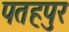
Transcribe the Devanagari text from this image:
पतहपुर